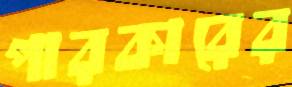
পারকারের